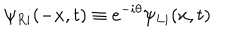
\psi _ { R i } ( - x , t ) \equiv e ^ { - i \theta } \psi _ { L i } ( x , t )